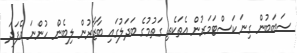
ސަބަބުން ގިނަ ކަސްޓަމަރުން އެތަކެތި ގަތުމުގެ ބަދަލުގައި ބާޒާރުން ލިބެން ހުންނަ އެފަދަ